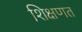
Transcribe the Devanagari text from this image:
शिक्षणत